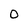
Character: 0